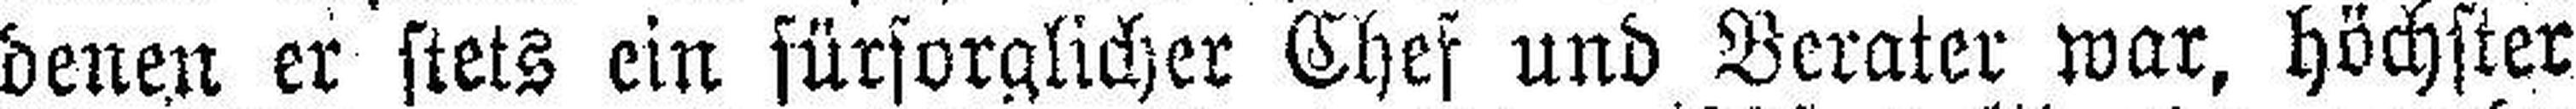
denen er stets ein fürsorglicher Chef und Berater war, höchster